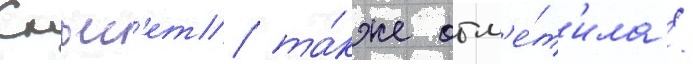
Скьес'ет та́кже отм'е́т'ила /